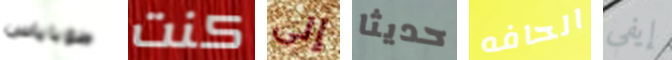
طوباياس كنت إلى حديثا الحافه إيفي